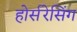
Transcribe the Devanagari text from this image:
होर्सरेसिंग